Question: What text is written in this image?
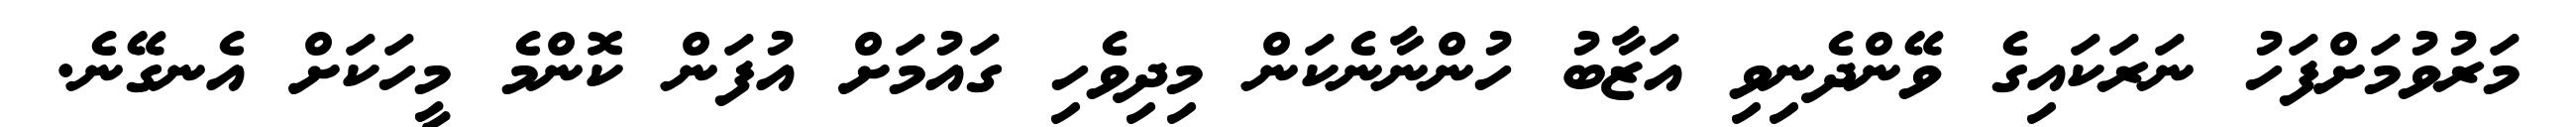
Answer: މަރުވުމަށްފަހު ނަރަކައިގެ ވޭންދެނިވި އަޒާބު ހުންނާނެކަން މިދިވެހި ގައުމަށް އުފަން ކޮންމެ މީހަކަށް އެނގޭނެ.